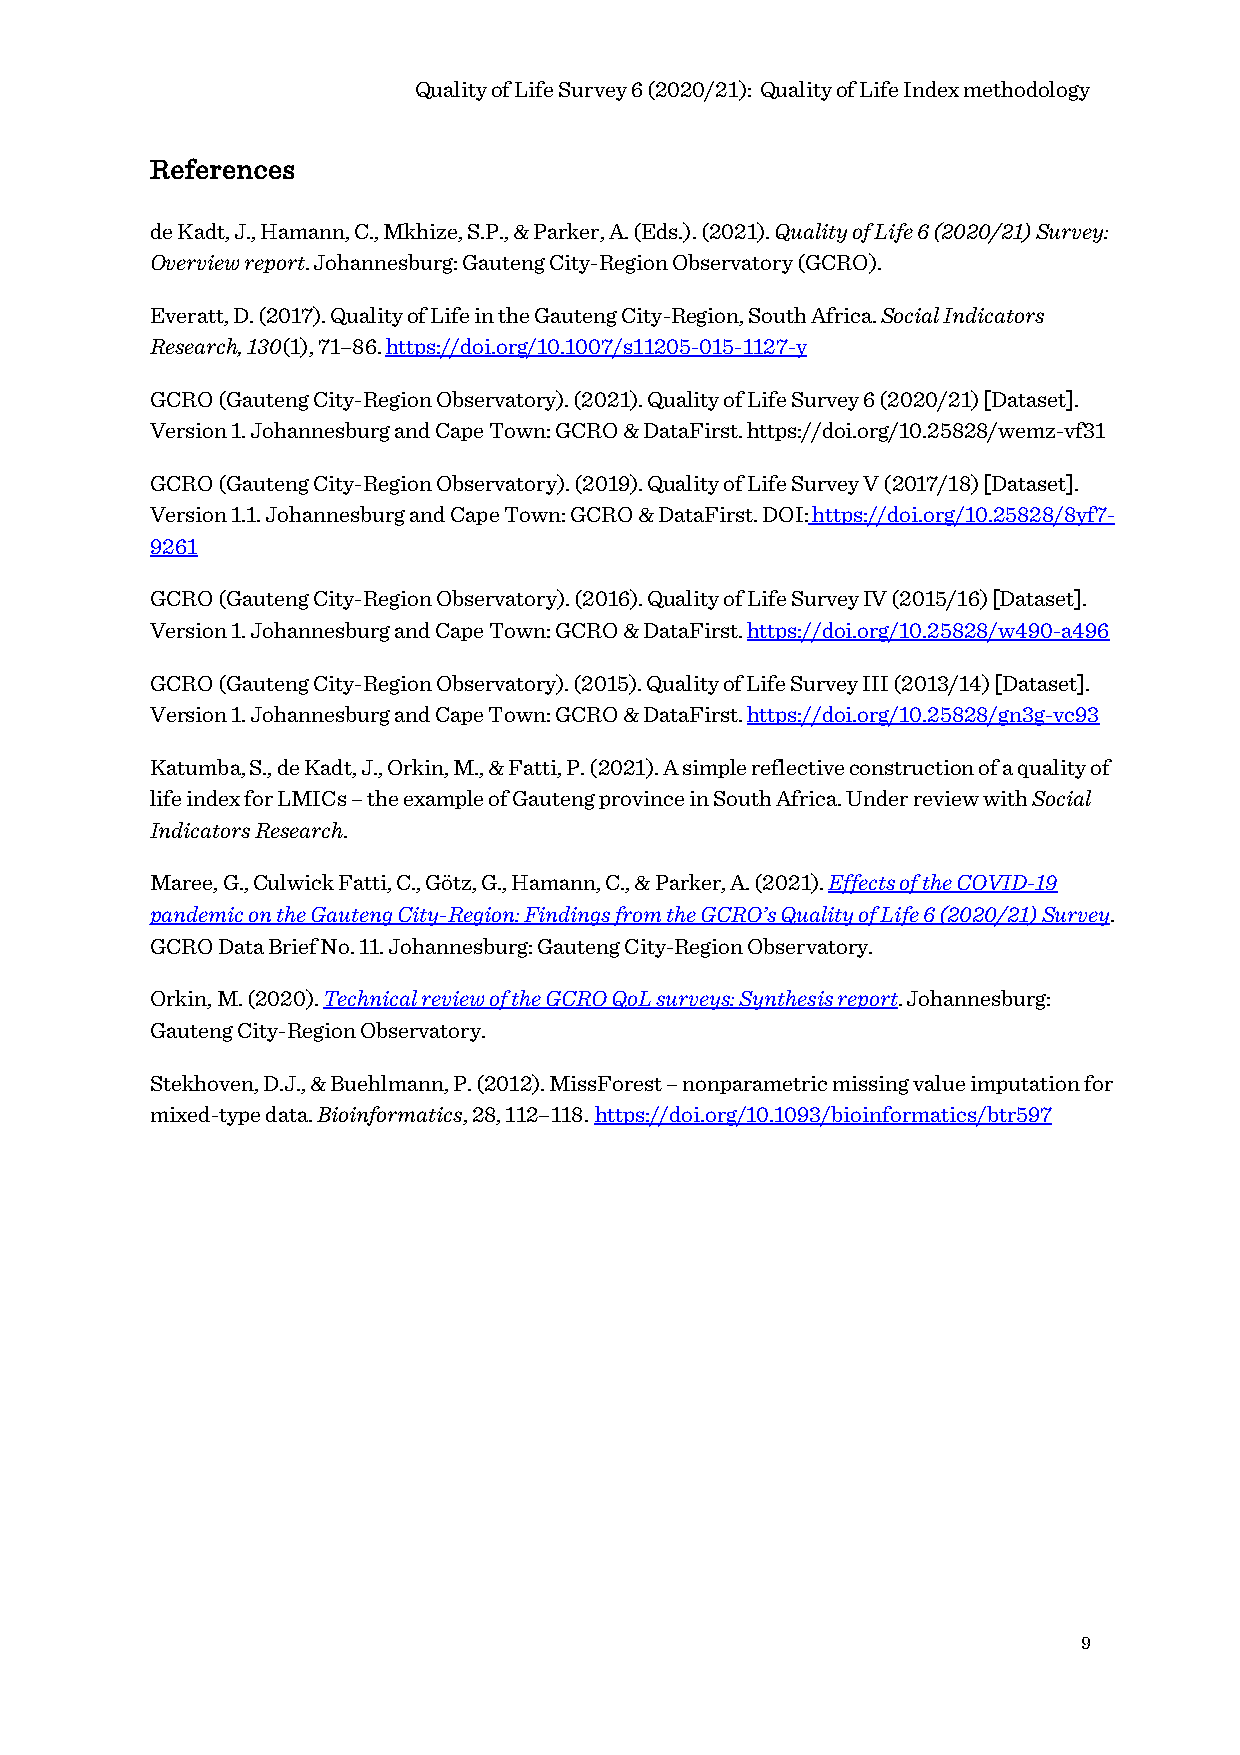
Quality of Life Survey 6 (2020/21): Quality of Life Index methodology
 References
 de Kadt, J., Hamann, C., Mkhize, S.P., & Parker, A. (Eds.). (2021). Quality of Life 6 (2020/21) Survey:
 Overview report. Johannesburg: Gauteng City-Region Observatory (GCRO).
 Everatt, D. (2017). Quality of Life in the Gauteng City-Region, South Africa. Social Indicators
 Research, 130(1), 71–86. https://doi.org/10.1007/s11205-015-1127-y
 GCRO (Gauteng City-Region Observatory). (2021). Quality of Life Survey 6 (2020/21) [Dataset].
 Version 1. Johannesburg and Cape Town: GCRO & DataFirst. https://doi.org/10.25828/wemz-vf31
 GCRO (Gauteng City-Region Observatory). (2019). Quality of Life Survey V (2017/18) [Dataset].
 Version 1.1. Johannesburg and Cape Town: GCRO & DataFirst. DOI: https://doi.org/10.25828/8yf7-
 9261
 GCRO (Gauteng City-Region Observatory). (2016). Quality of Life Survey IV (2015/16) [Dataset].
 Version 1. Johannesburg and Cape Town: GCRO & DataFirst. https://doi.org/10.25828/w490-a496
 GCRO (Gauteng City-Region Observatory). (2015). Quality of Life Survey III (2013/14) [Dataset].
 Version 1. Johannesburg and Cape Town: GCRO & DataFirst. https://doi.org/10.25828/gn3g-vc93
 Katumba, S., de Kadt, J., Orkin, M., & Fatti, P. (2021). A simple reflective construction of a quality of
 life index for LMICs – the example of Gauteng province in South Africa. Under review with Social
 Indicators Research.
 Maree, G., Culwick Fatti, C., Götz, G., Hamann, C., & Parker, A. (2021). Effects of the COVID-19
 pandemic on the Gauteng City-Region: Findings from the GCRO’s Quality of Life 6 (2020/21) Survey.
 GCRO Data Brief No. 11. Johannesburg: Gauteng City-Region Observatory.
 Orkin, M. (2020). Technical review of the GCRO QoL surveys: Synthesis report. Johannesburg:
 Gauteng City-Region Observatory.
 Stekhoven, D.J., & Buehlmann, P. (2012). MissForest – nonparametric missing value imputation for
 mixed-type data. Bioinformatics, 28, 112–118. https://doi.org/10.1093/bioinformatics/btr597
 9